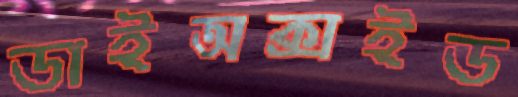
ডাইঅক্সইড